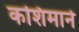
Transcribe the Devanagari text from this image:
कशिमाने